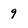
Character: 9